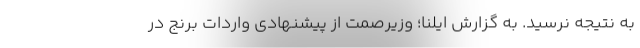
به نتیجه نرسید. به گزارش ایلنا؛ وزیرصمت از پیشنهادی واردات برنج در